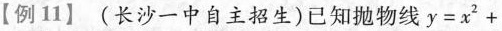
【例11】(长沙一中自主招生)已知抛物线$$y=x^{2}+$$